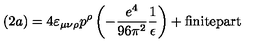
( 2 a ) = 4 \varepsilon _ { \mu \nu \rho } p ^ { \rho } \left( - \frac { e ^ { 4 } } { 9 6 \pi ^ { 2 } } \frac { 1 } { \epsilon } \right) + \mathrm { f i n i t e p a r t }